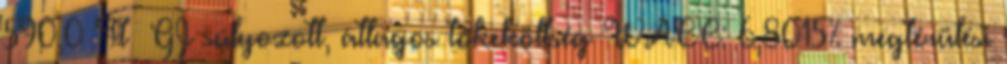
590,0 Ft GJ súlyozott, átlagos tőkeköltség WACC: 6,8015% megtérülési